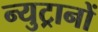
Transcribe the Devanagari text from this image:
न्युट्रानों